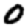
Digit: 0